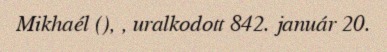
Mikhaél (), , uralkodott 842. január 20.